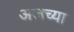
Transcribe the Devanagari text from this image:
अजच्या